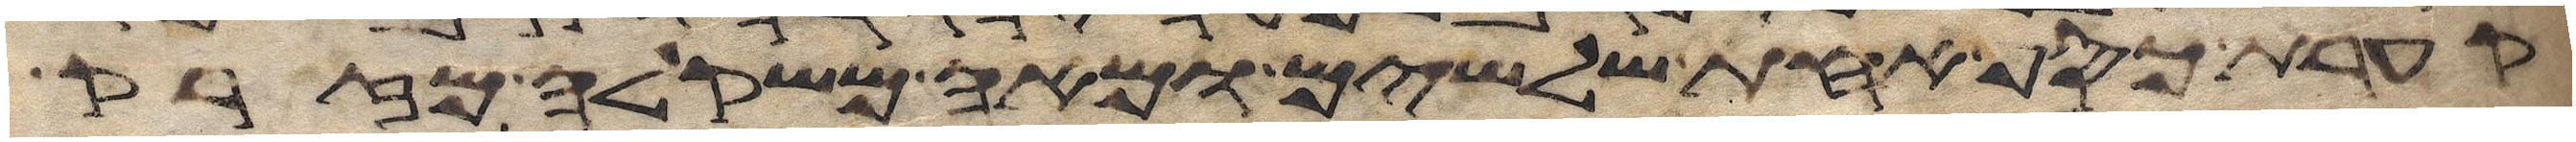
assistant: קערת כסף אחת שלשים ומאה משקלה מזרק